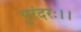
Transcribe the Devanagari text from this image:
पुरंदरः।।